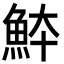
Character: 䱁